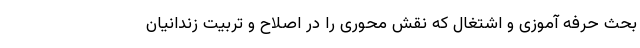
بحث حرفه آموزی و اشتغال که نقش محوری را در اصلاح و تربیت زندانیان